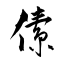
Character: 傃